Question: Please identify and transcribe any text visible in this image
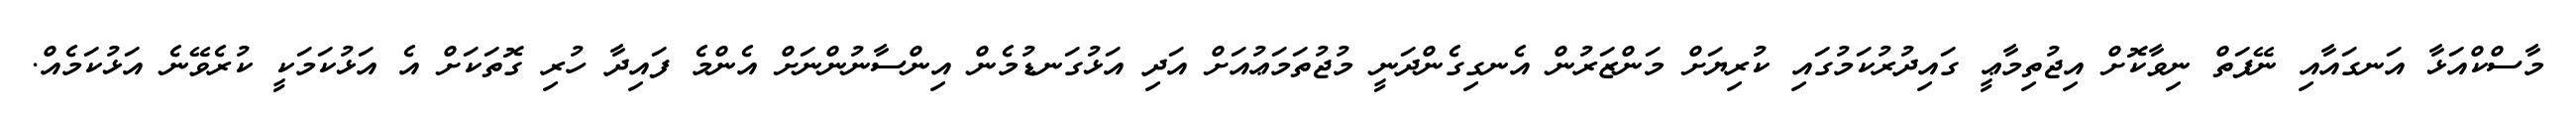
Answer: މާސްކްއަޅާ އަނގައާއި ނޭފަތް ނިވާކޮށް އިޖުތިމާޢީ ގައިދުރުކަމުގައި ކުރިޔަށް މަންޒަރުން އެނގިގެންދަނީ މުޖުތަމަޢުއަށް އަދި އަޅުގަނޑުމެން އިންސާނުންނަށް އެންމެ ފައިދާ ހުރި ގޮތަކަށް އެ އަޅުކަމަކީ ކުރެވޭނެ އަޅުކަމެއް.